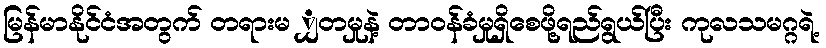
မြန်မာနိုင်ငံအတွက် တရားမ ျှတမှုနဲ့ တာဝန်ခံမှုရှိစေဖို့ရည်ရွယ်ပြီး ကုလသမဂ္ဂရဲ့